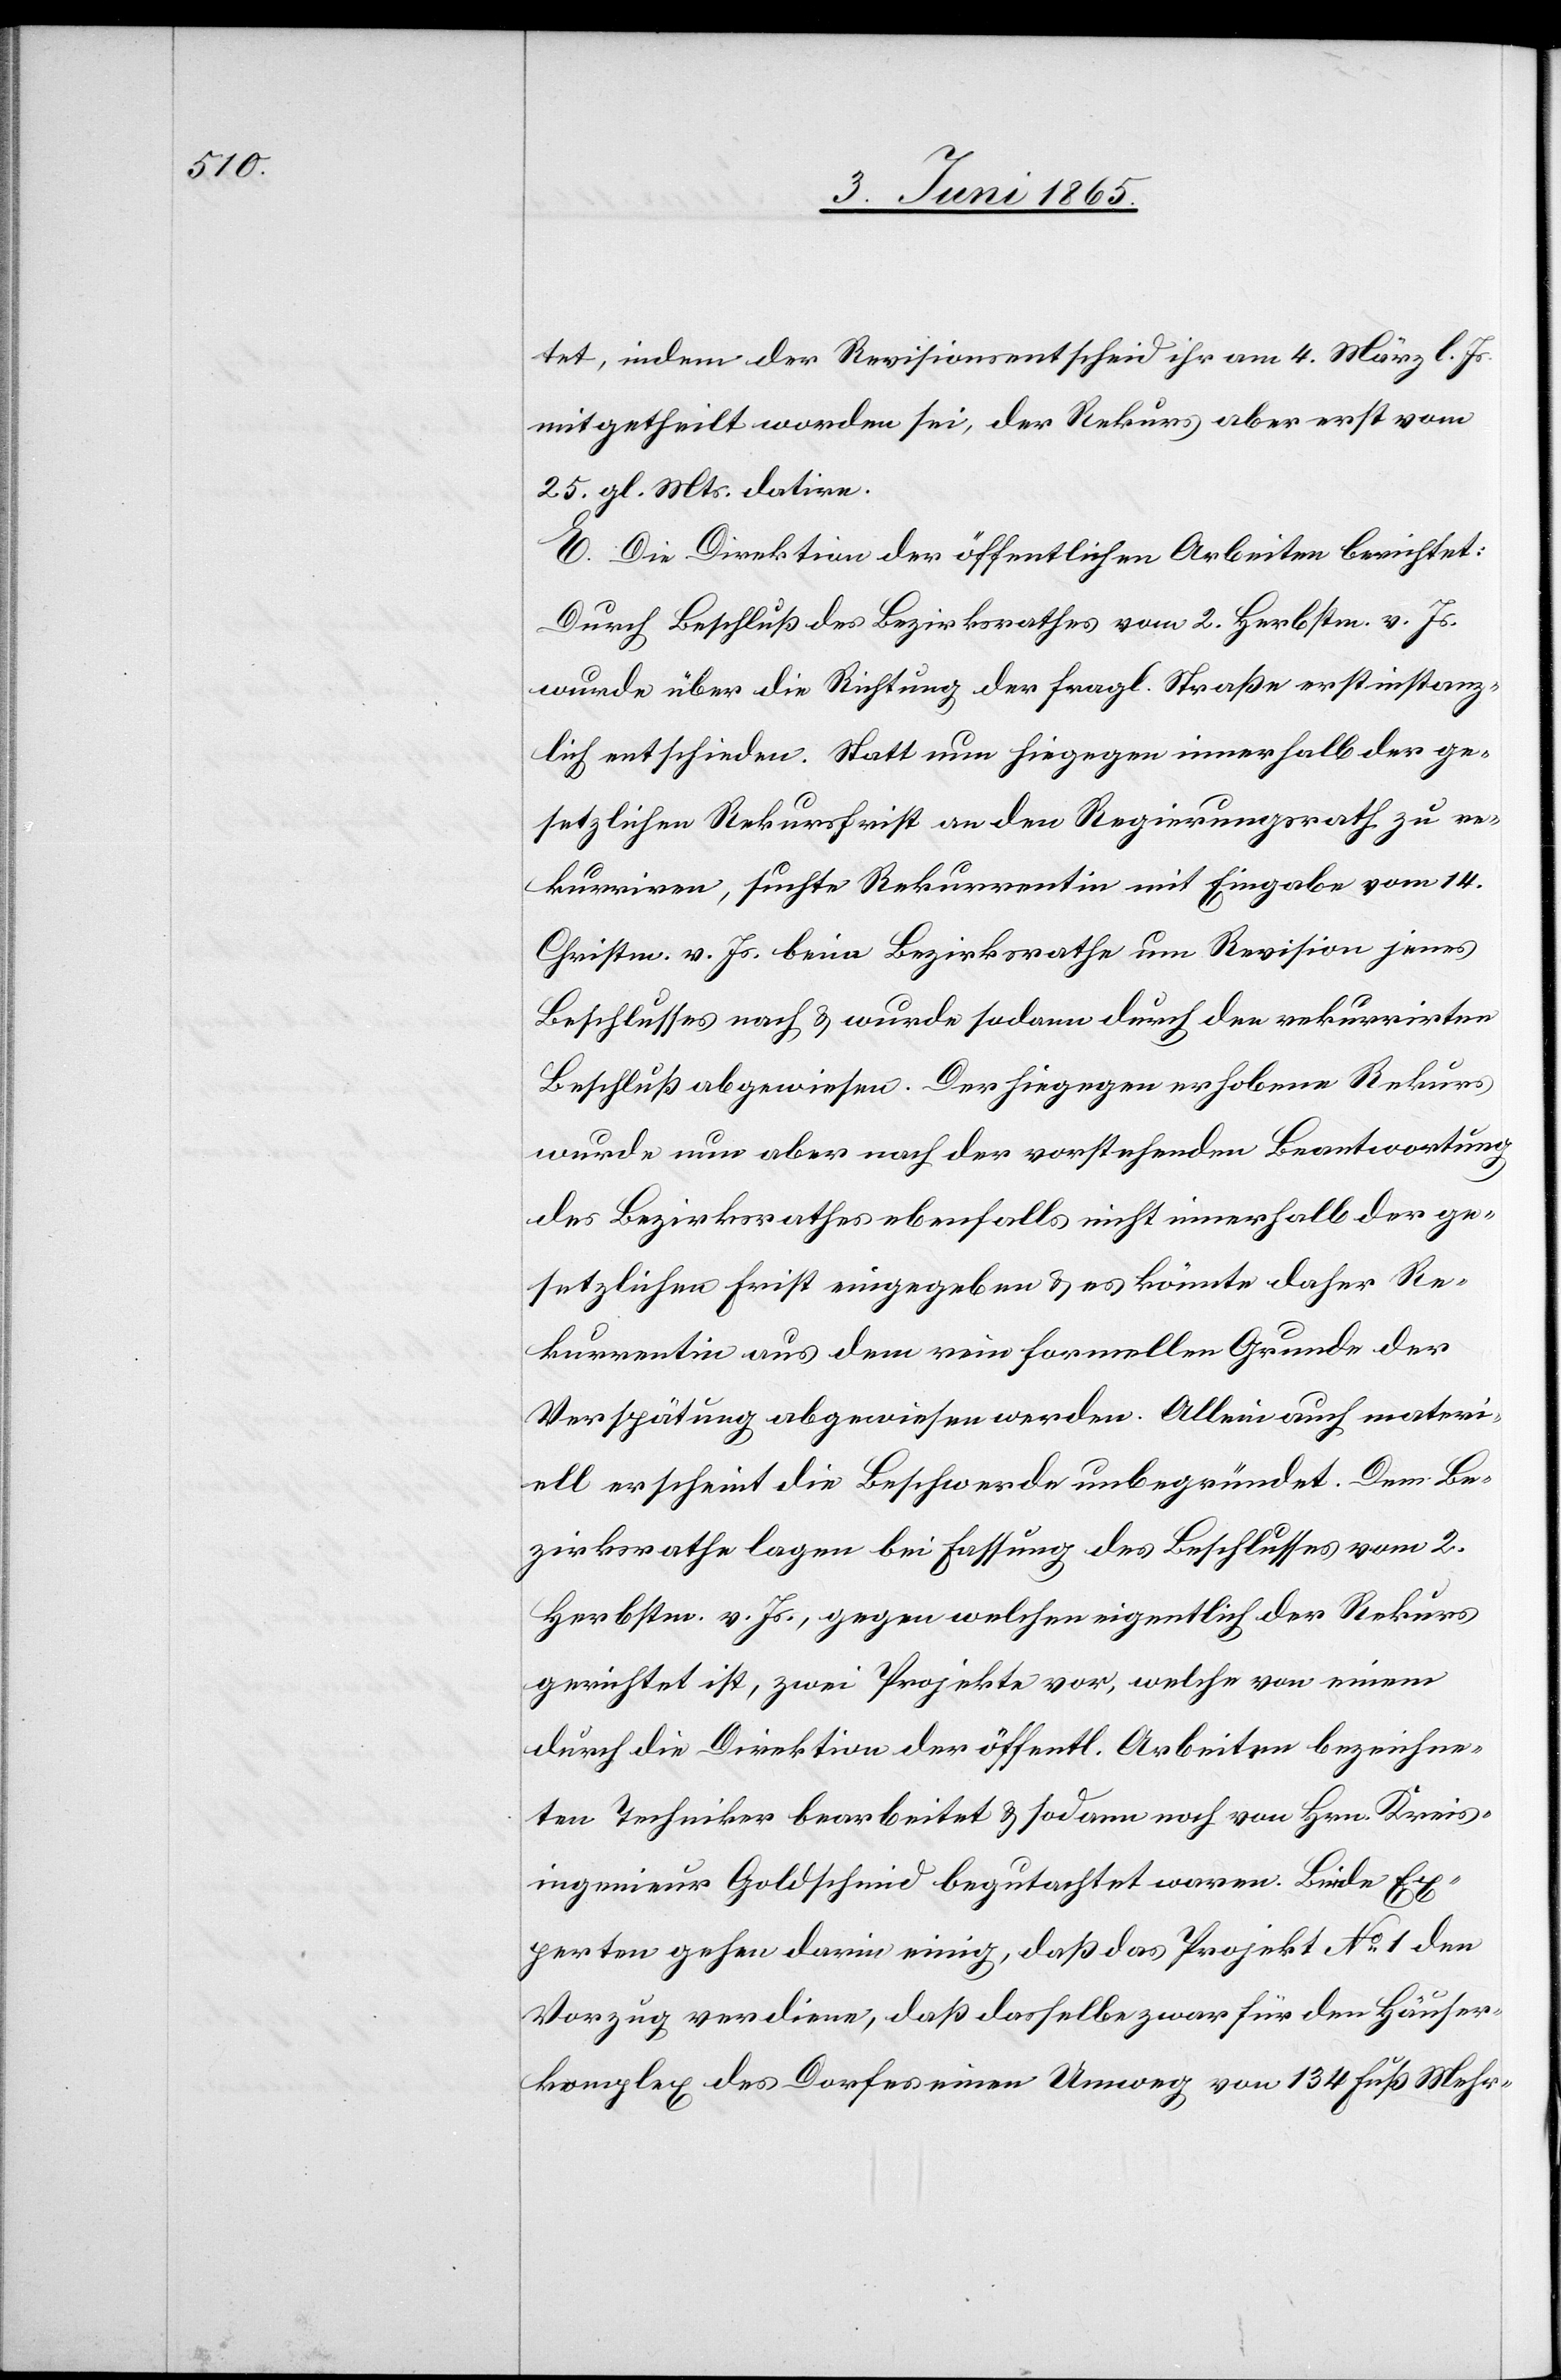
tet, indem der Revisionsentscheid ihr am 4. März l. Js.
mitgetheilt worden sei, der Rekurs aber erst vom
25. gl. Mts. datire.
E. Die Direktion der öffentlichen Arbeiten berichtet:
Durch Beschluß des Bezirksrathes vom 2. Herbstm. v. Js.
wurde über die Richtung der fragl. Straße erstinstanz¬
lich entschieden. Statt nun hiegegen innerhalb der ge¬
setzlichen Rekursfrist an den Regierungsrath zu re¬
kurriren, suchte Rekurrentin mit Eingabe vom 14.
Christm. v. Js. beim Bezirksrathe um Revision jenes
Beschlusses nach & wurde sodann durch den rekurrirten
Beschluß abgewiesen. Der hiegegen erhobene Rekurs
wurde nun aber nach der vorstehenden Beantwortung
des Bezirksrathes ebenfalls nicht innerhalb der ge¬
setzlichen Frist eingegeben & es könnte daher Re¬
kurrentin aus dem rein formellen Grunde der
Verspätung abgewiesen werden. Allein auch materi¬
ell erscheint die Beschwerde unbegründet. Dem Be¬
zirksrathe lagen bei Fassung des Beschlusses vom 2.
Herbstm. v. Js., gegen welchen eigentlich der Rekurs
gerichtet ist, zwei Projekte vor, welche von einem
durch die Direktion der öffentl. Arbeiten bezeichne¬
ten Techniker bearbeitet & sodann noch von Hrn. Kreis¬
ingenieur Goldschmid begutachtet waren. Beide Ex¬
perten gehen darin einig, daß das Projekt No 1 den
Vorzug verdiene, daß dasselbe zwar für den Häuser¬
komplex des Dorfes einen Umweg von 134 Fuß Mehr-